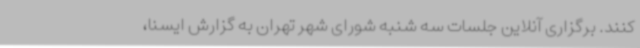
کنند. برگزاری آنلاین جلسات سه شنبه شورای شهر تهران به گزارش ایسنا،